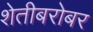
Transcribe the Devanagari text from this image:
शेतीबरोबर